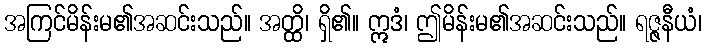
အကြင်မိန်းမ၏အဆင်းသည်။ အတ္ထိ၊ ရှိ၏။ ဣဒံ၊ ဤမိန်းမ၏အဆင်းသည်။ ရဇ္ဇနီယံ၊